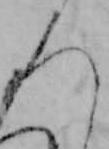
ろ